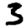
Digit: 3